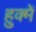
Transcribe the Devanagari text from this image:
हुक्में